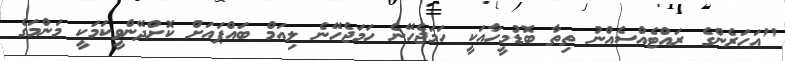
"އަހަރެންގެ ރައްޓެއްސެއްނު ތިތާ ބޮޑުމީހާއަކީ ހަމަޖެހޭނެ ހަމަޖެހޭނެ ލިއަމް ބައްޕައަށް ކޮށްދޭންވީކަމަކީ މަންމަގެ